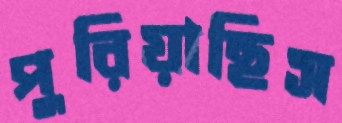
পুরিয়াছিস